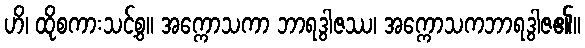
ဟိ၊ ထိုစကားသင့်စွ။ အက္ကောသကာ ဘာရဒွါဇဿ၊ အက္ကောသကဘာရဒွါဇ၏။